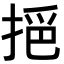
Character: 𢮤